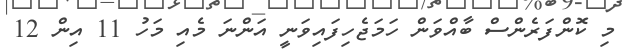
މި ކޮންފަރެންސް ބާއްވަން ހަމަޖެހިފައިވަނީ އަންނަ މެއި މަހު 11 އިން 12